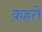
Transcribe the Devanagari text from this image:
क़हते